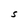
Character: S